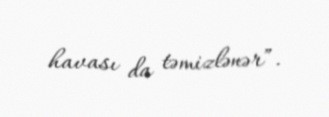
havası da təmizlənər”.